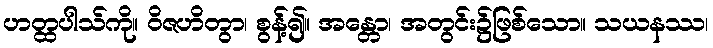
ဟတ္ထပါသ်ကို။ ဝိဇဟိတွာ၊ စွန့်၍။ အန္တော၊ အတွင်း၌ဖြစ်သော။ သယနဿ၊